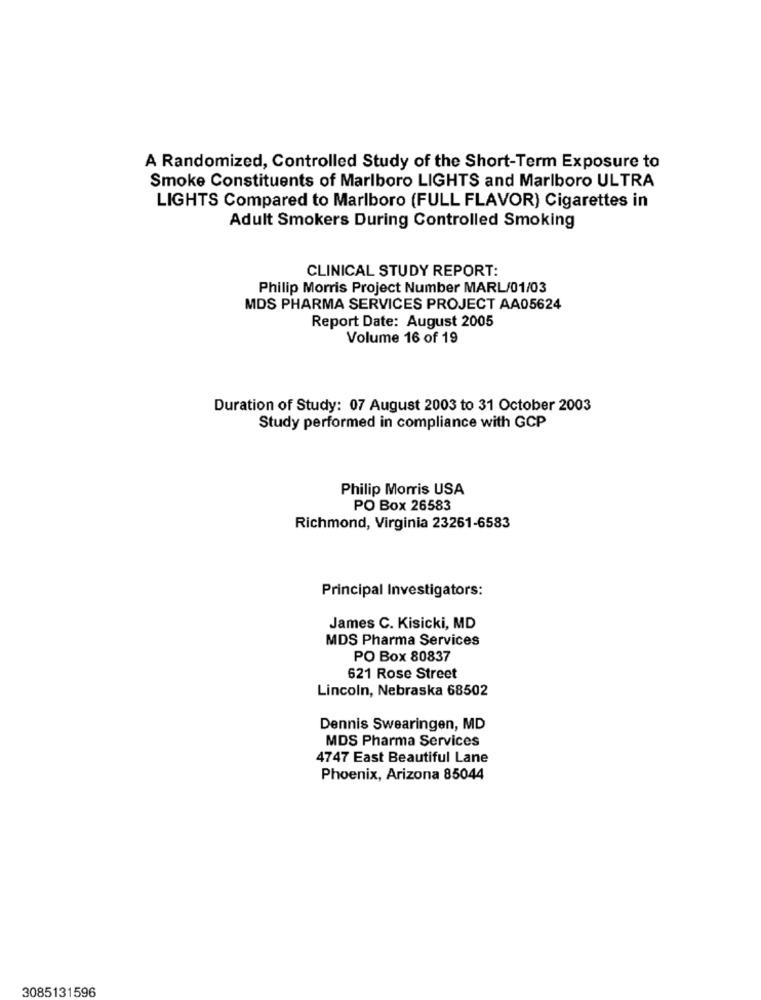
A Randomized, Controlled Study of the Short-Term Exposure to
Smoke Constituents of Marlboro LIGHTS and Marlboro ULTRA
LIGHTS Compared to Marlboro (FULL FLAVOR) Cigarettes in
Adult Smokers During Controlled Smoking
CLINICAL STUDY REPORT:
Philip Morris Project Number MARL/01/03
MDS PHARMA SERVICES PROJECT AA05624
Report Date: August 2005
Volume 16 of 19
Duration of Study: 07 August 2003 to 31 October 2003
Study performed in compliance with GCP
Philip Morris USA
PO Box 26583
Richmond, Virginia 23261-6583
Principal Investigators:
James C. Kisicki, MD
MDS Pharma Services
PO Box 80837
621 Rose Street
Lincoln, Nebraska 68502
Dennis Swearingen, MD
MDS Pharma Services
4747 East Beautiful Lane
Phoenix, Arizona 85044
3085131596